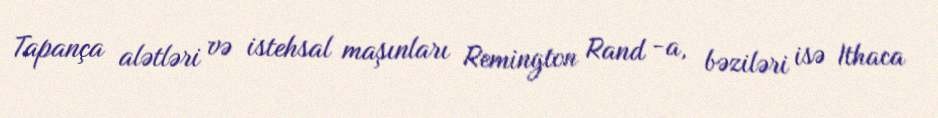
Tapança alətləri və istehsal maşınları Remington Rand -a, bəziləri isə Ithaca